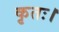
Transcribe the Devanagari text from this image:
कृतः।